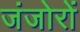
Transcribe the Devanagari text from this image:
जंजोरों